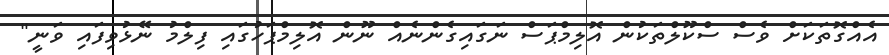
އެއްގޮތަކަށް ވެސް ސްކޫލްތަކުން އޮލިމްޕަސް ނަގައިގެންނެއް ނޫން އޮލިމްޕަހުގައި ފިލްމު ނޭޅުވިފައި ވަނީ"